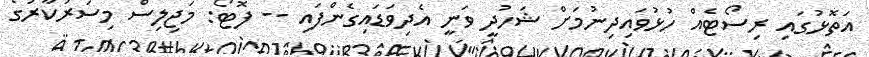
އަތޮޅުގައި ރިސޯޓެއް ހުޅުވައިދިނުމަށް ޝަހުދީ ވަނީ އެދިވަޑައިގެންފައި -- ފޮޓޯ: މަޖިލިސް މިސަރުކާރުގެ